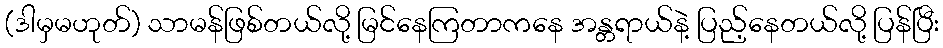
(ဒါမှမဟုတ်) သာမန်ဖြစ်တယ်လို့ မြင်နေကြတာကနေ အန္တရာယ်နဲ့ ပြည့်နေတယ်လို့ ပြန်ပြီး